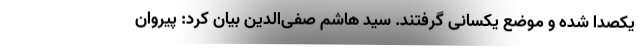
یکصدا شده و موضع یکسانی گرفتند. سید هاشم صفی‌الدین بیان کرد: پیروان